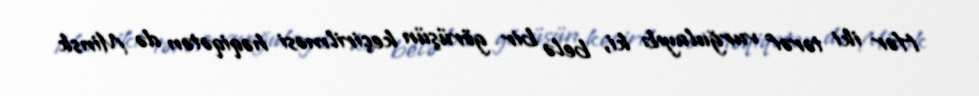
Hər iki tərəf vurğulayıb ki, belə bir görüşün keçirilməsi həqiqətən də Minsk